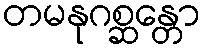
တမနုဂစ္ဆန္တော